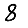
Digit: 8